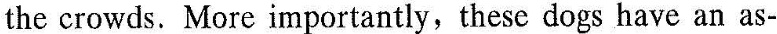
the crowds.More importantly，these dogs have an as-